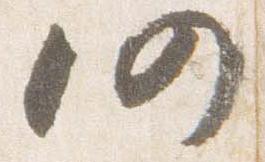
仍